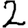
Digit: 2